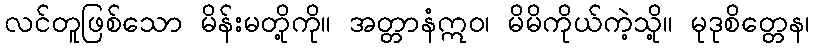
လင်တူဖြစ်သော မိန်းမတို့ကို။ အတ္တာနံဣဝ၊ မိမိကိုယ်ကဲ့သို့။ မုဒုစိတ္တေန၊